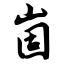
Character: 崮